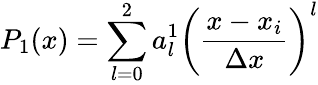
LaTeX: P_{1}(x)=\sum_{l=0}^{2}a_{l}^{1}\left(\frac{x-x_{i}}{\Delta x}\right)^{l}